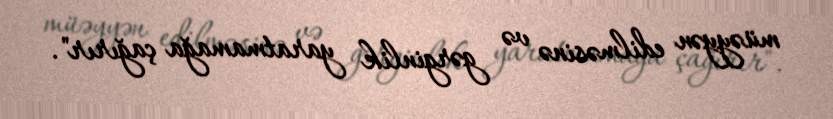
müəyyən edilməsinə və gərginlik yaratmamağa çağırır".